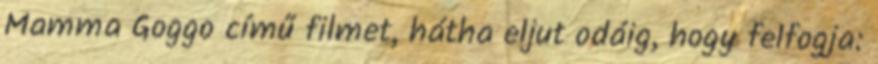
Mamma Goggo című filmet, hátha eljut odáig, hogy felfogja: